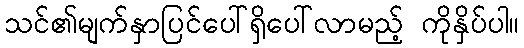
သင်၏မျက်နှာပြင်ပေါ်ရှိပေါ်လာမည့် ကိုနှိပ်ပါ။